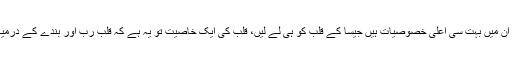
عالم بالا کی مخلوق ہونے کی وجہ سے ان میں بہت سی اعلی خصوصیات ہیں جیسا کے قلب کو ہی لے لیں، قلب کی ایک خاصیت تو یہ ہے کہ قلب رب اور بندے کے درمیان ایک ٹیلی فون آپریٹر کا کام کرتا ہے۔